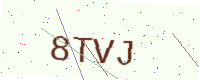
Text: 8TVJ